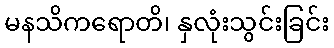
မနသိကရောတိ၊ နှလုံးသွင်းခြင်း